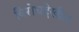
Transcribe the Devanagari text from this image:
विरोधदेखील